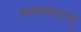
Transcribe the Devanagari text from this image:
नमस्कारान्